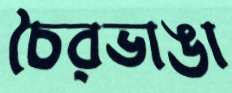
চৈরভাঙা